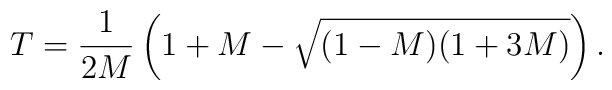
T=\frac{1}{2M}\left(1+M-\sqrt{(1-M)(1+3M)}\right).